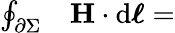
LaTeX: \begin{array}{rl}{\oint_{\partial\Sigma}}&{{}\mathbf{H}\cdot\mathrm{d}{\boldsymbol{\ell}}=}\end{array}